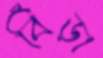
বিঁড়া